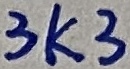
Text: 3K3